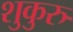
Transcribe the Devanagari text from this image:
शुकुरु